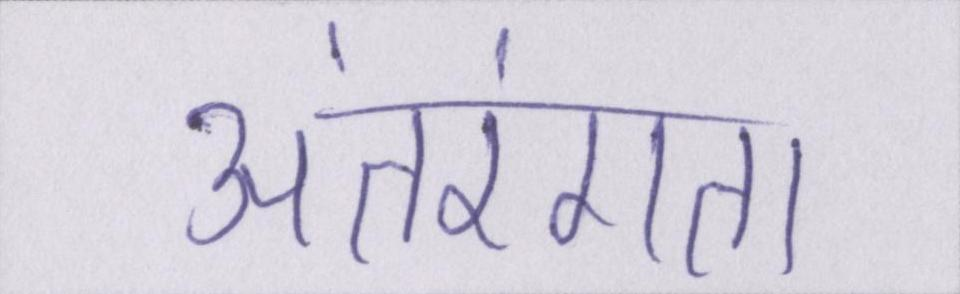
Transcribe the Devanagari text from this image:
अंतरंगता